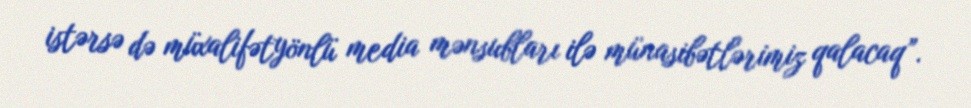
istərsə də müxalifətyönlü media mənsubları ilə münasibətlərimiz qalacaq”.